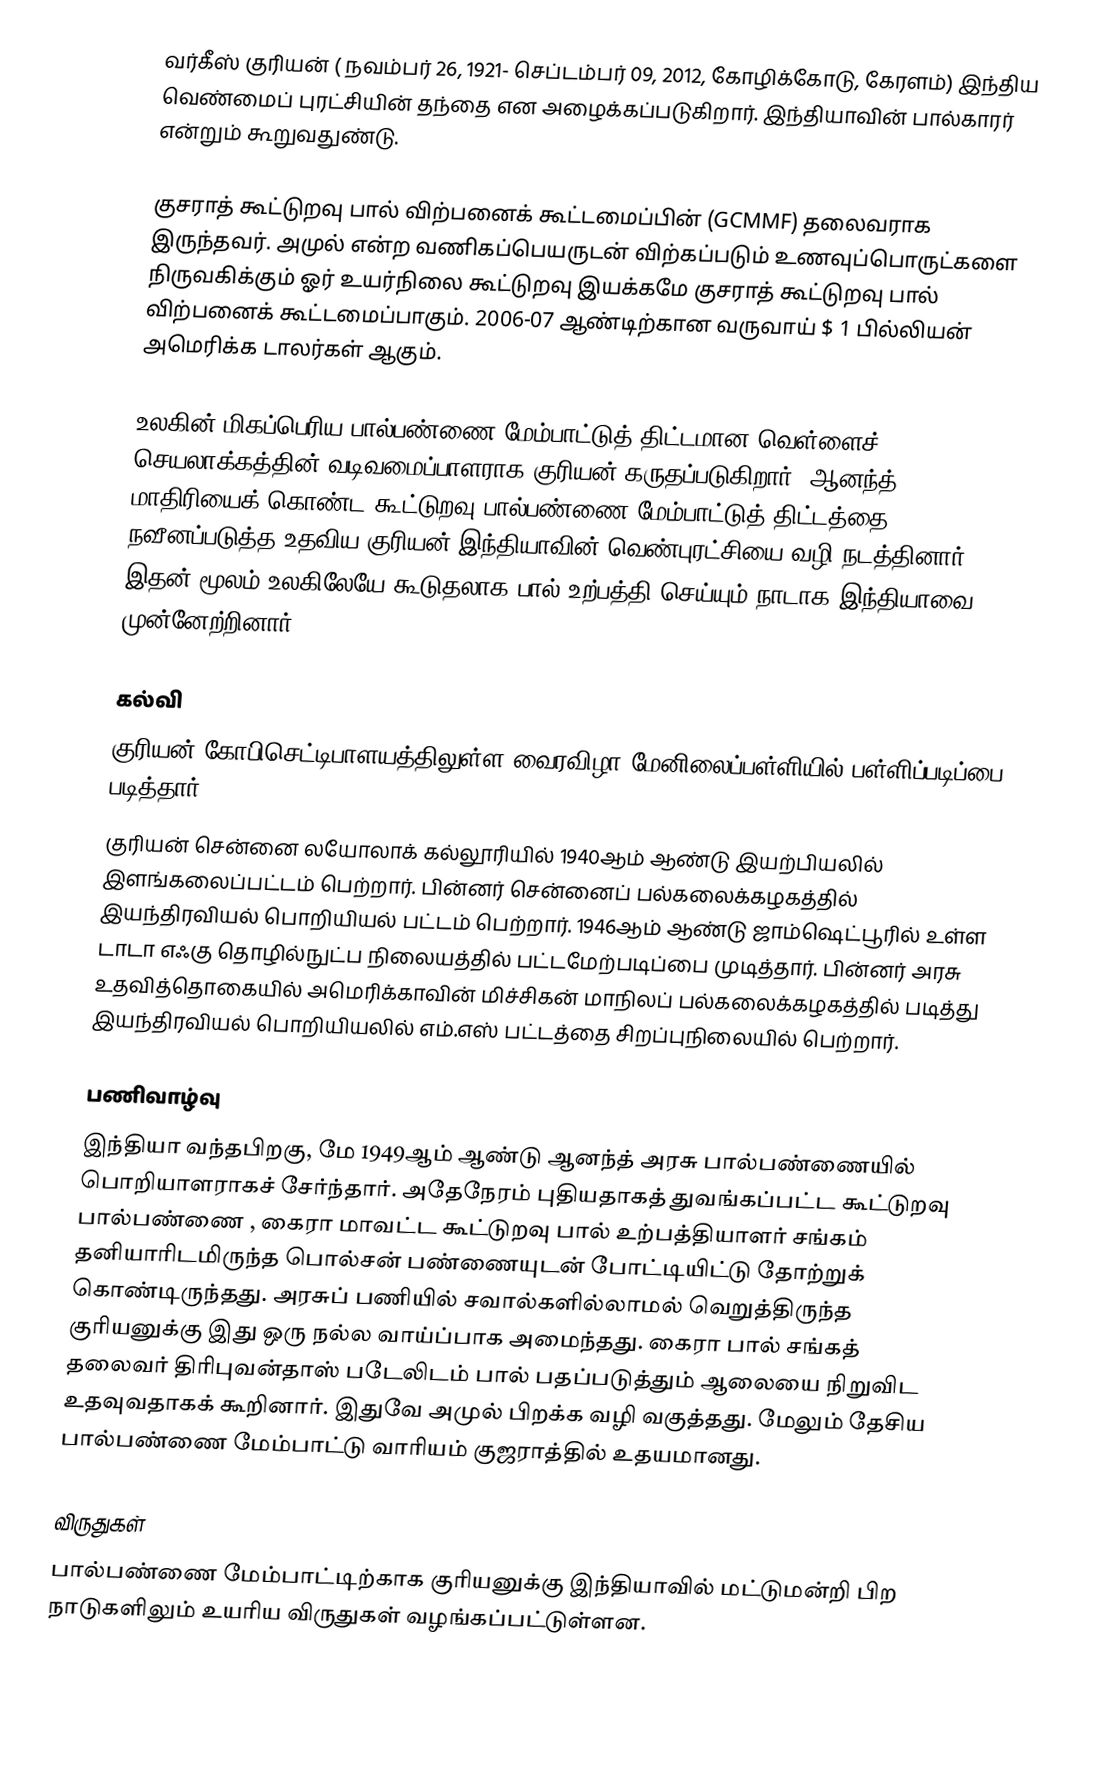
வர்கீஸ் குரியன் ( நவம்பர் 26, 1921- செப்டம்பர் 09, 2012, கோழிக்கோடு,  கேரளம்)  இந்திய வெண்மைப் புரட்சியின் தந்தை என அழைக்கப்படுகிறார். இந்தியாவின் பால்காரர் என்றும் கூறுவதுண்டு.

குசராத் கூட்டுறவு பால் விற்பனைக் கூட்டமைப்பின் (GCMMF) தலைவராக இருந்தவர். அமுல் என்ற வணிகப்பெயருடன் விற்கப்படும் உணவுப்பொருட்களை நிருவகிக்கும் ஓர் உயர்நிலை கூட்டுறவு இயக்கமே குசராத் கூட்டுறவு பால் விற்பனைக் கூட்டமைப்பாகும்.  2006-07 ஆண்டிற்கான வருவாய்   $ 1 பில்லியன்  அமெரிக்க டாலர்கள் ஆகும்.

உலகின் மிகப்பெரிய பால்பண்ணை மேம்பாட்டுத் திட்டமான வெள்ளைச் செயலாக்கத்தின் வடிவமைப்பாளராக குரியன் கருதப்படுகிறார். ஆனந்த் மாதிரியைக் கொண்ட கூட்டுறவு பால்பண்ணை மேம்பாட்டுத் திட்டத்தை நவீனப்படுத்த உதவிய குரியன் இந்தியாவின் வெண்புரட்சியை வழி நடத்தினார். இதன் மூலம் உலகிலேயே கூடுதலாக பால் உற்பத்தி செய்யும் நாடாக இந்தியாவை முன்னேற்றினார்.

கல்வி
குரியன் கோபிசெட்டிபாளயத்திலுள்ள வைரவிழா மேனிலைப்பள்ளியில் பள்ளிப்படிப்பை படித்தார்.
குரியன் சென்னை லயோலாக் கல்லூரியில் 1940ஆம் ஆண்டு இயற்பியலில் இளங்கலைப்பட்டம் பெற்றார். பின்னர் சென்னைப் பல்கலைக்கழகத்தில் இயந்திரவியல் பொறியியல் பட்டம் பெற்றார். 1946ஆம் ஆண்டு ஜாம்ஷெட்பூரில் உள்ள டாடா எஃகு தொழில்நுட்ப நிலையத்தில் பட்டமேற்படிப்பை முடித்தார். பின்னர் அரசு உதவித்தொகையில்  அமெரிக்காவின் மிச்சிகன் மாநிலப் பல்கலைக்கழகத்தில் படித்து இயந்திரவியல் பொறியியலில் எம்.எஸ் பட்டத்தை சிறப்புநிலையில் பெற்றார்.

பணிவாழ்வு
இந்தியா வந்தபிறகு, மே 1949ஆம் ஆண்டு ஆனந்த் அரசு பால்பண்ணையில் பொறியாளராகச் சேர்ந்தார். அதேநேரம் புதியதாகத் துவங்கப்பட்ட கூட்டுறவு பால்பண்ணை , கைரா மாவட்ட கூட்டுறவு பால் உற்பத்தியாளர் சங்கம் தனியாரிடமிருந்த  பொல்சன் பண்ணையுடன்  போட்டியிட்டு தோற்றுக் கொண்டிருந்தது. அரசுப் பணியில் சவால்களில்லாமல் வெறுத்திருந்த குரியனுக்கு இது ஒரு நல்ல வாய்ப்பாக அமைந்தது. கைரா பால் சங்கத் தலைவர் திரிபுவன்தாஸ் படேலிடம்  பால் பதப்படுத்தும் ஆலையை நிறுவிட உதவுவதாகக் கூறினார். இதுவே  அமுல் பிறக்க வழி வகுத்தது. மேலும் தேசிய பால்பண்ணை மேம்பாட்டு வாரியம் குஜராத்தில் உதயமானது.

விருதுகள்
பால்பண்ணை மேம்பாட்டிற்காக குரியனுக்கு இந்தியாவில் மட்டுமன்றி பிற நாடுகளிலும் உயரிய விருதுகள் வழங்கப்பட்டுள்ளன.